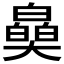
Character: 𤾪